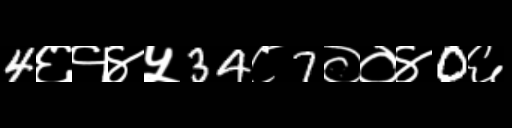
Text: 4६१४५34८7००४0६